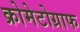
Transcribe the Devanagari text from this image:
क्रोमेटोग्राफ